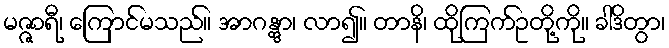
မဇ္ဇာရီ၊ ကြောင်မသည်။ အာဂန္တွာ၊ လာ၍။ တာနိ၊ ထိုကြက်ဥတို့ကို။ ခါဒိတွာ၊